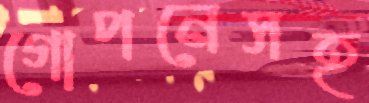
গোপনেসহ